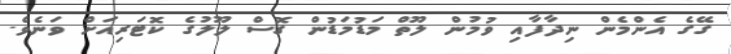
ގޭގެ އެންމެން ނިދާފާއި ވުމުން ލޫތް މަޑުމަޑުން ގޮސް ލޫލުގެ ކޮޓަރިއަށް ވަނެވެ.